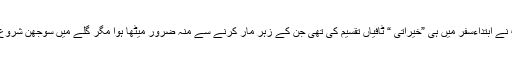
ایک بات تو بھول ہی گیا کہ اپنے یاد صاحب نے ابتداءسفر میں ہی ”خیراتی “ ٹافیاں تقسیم کی تھی جن کے زہر مار کرنے سے منہ ضرور میٹھا ہوا مگر گلے میں سوجھن شروع ہوئی‘ سمجھ نہیں آئی کہ یہ کیا سازش تھی۔